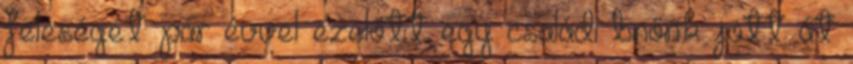
feleségét pár évvel ezelőtt egy családi bnőnk jött át